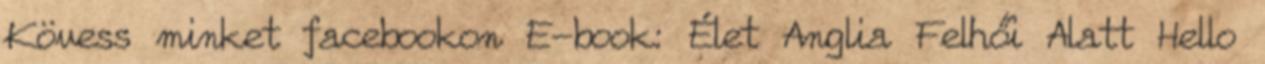
Kövess minket facebookon E-book: Élet Anglia Felhői Alatt Hello